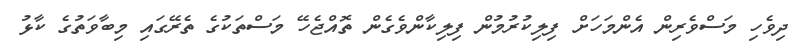
ދިވެހި މަސްވެރިން އެންމަހަށް ފިލިކުރުމުން ފިލިކާންވެގެން ތޮއްޖެހޭ މަސްތަކުގެ ތެރޭގައި މިބާވަތުގެ ކާޅު